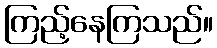
ကြည့်နေကြသည်။